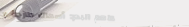
مطعم البحر: أسماك طازجة م